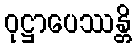
ဝုဋ္ဌာပေဿန္တိ